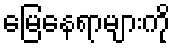
မြေနေရာများကို